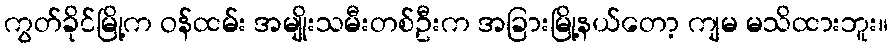
ကွတ်ခိုင်မြို့က ဝန်ထမ်း အမျိုးသမီးတစ်ဦးက အခြားမြို့နယ်တော့ ကျမ မသိထားဘူး။